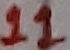
Text: 11